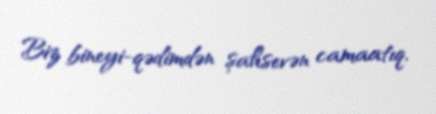
Biz bineyi-qədimdən şahsevən camaatıq.